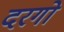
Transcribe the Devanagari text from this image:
दरगो